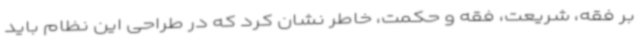
بر فقه، شریعت، فقه و حکمت، خاطر نشان کرد که در طراحی این نظام باید